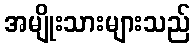
အမျိုးသားများသည်